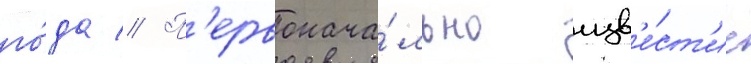
го́да // П'ервонача́льно изв'е́ст'ие